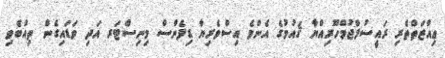
ޢިއްޒަތްތެރި ރައީސުލްޖުމްހޫރިއްޔާ ޤައުމުގެ އެންމެ އިސްވެރިޔާ ޑިފެންސް މިނިސްޓަރ އަދި ވަޑައިގެން ތިއްބެވި